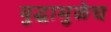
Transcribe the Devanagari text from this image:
युद्धामुळेच